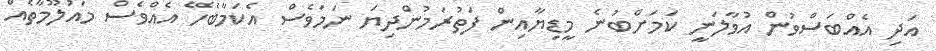
އަދި އެއްބަސްވުން އުވާލަނީ ކަމަށްބުނެ މީޑިޔާއިން ފަތުރަމުންދިޔަ ނަމަވެސް އެކަމާބެހޭ އެއްވެސް މައުލޫމާތެއް